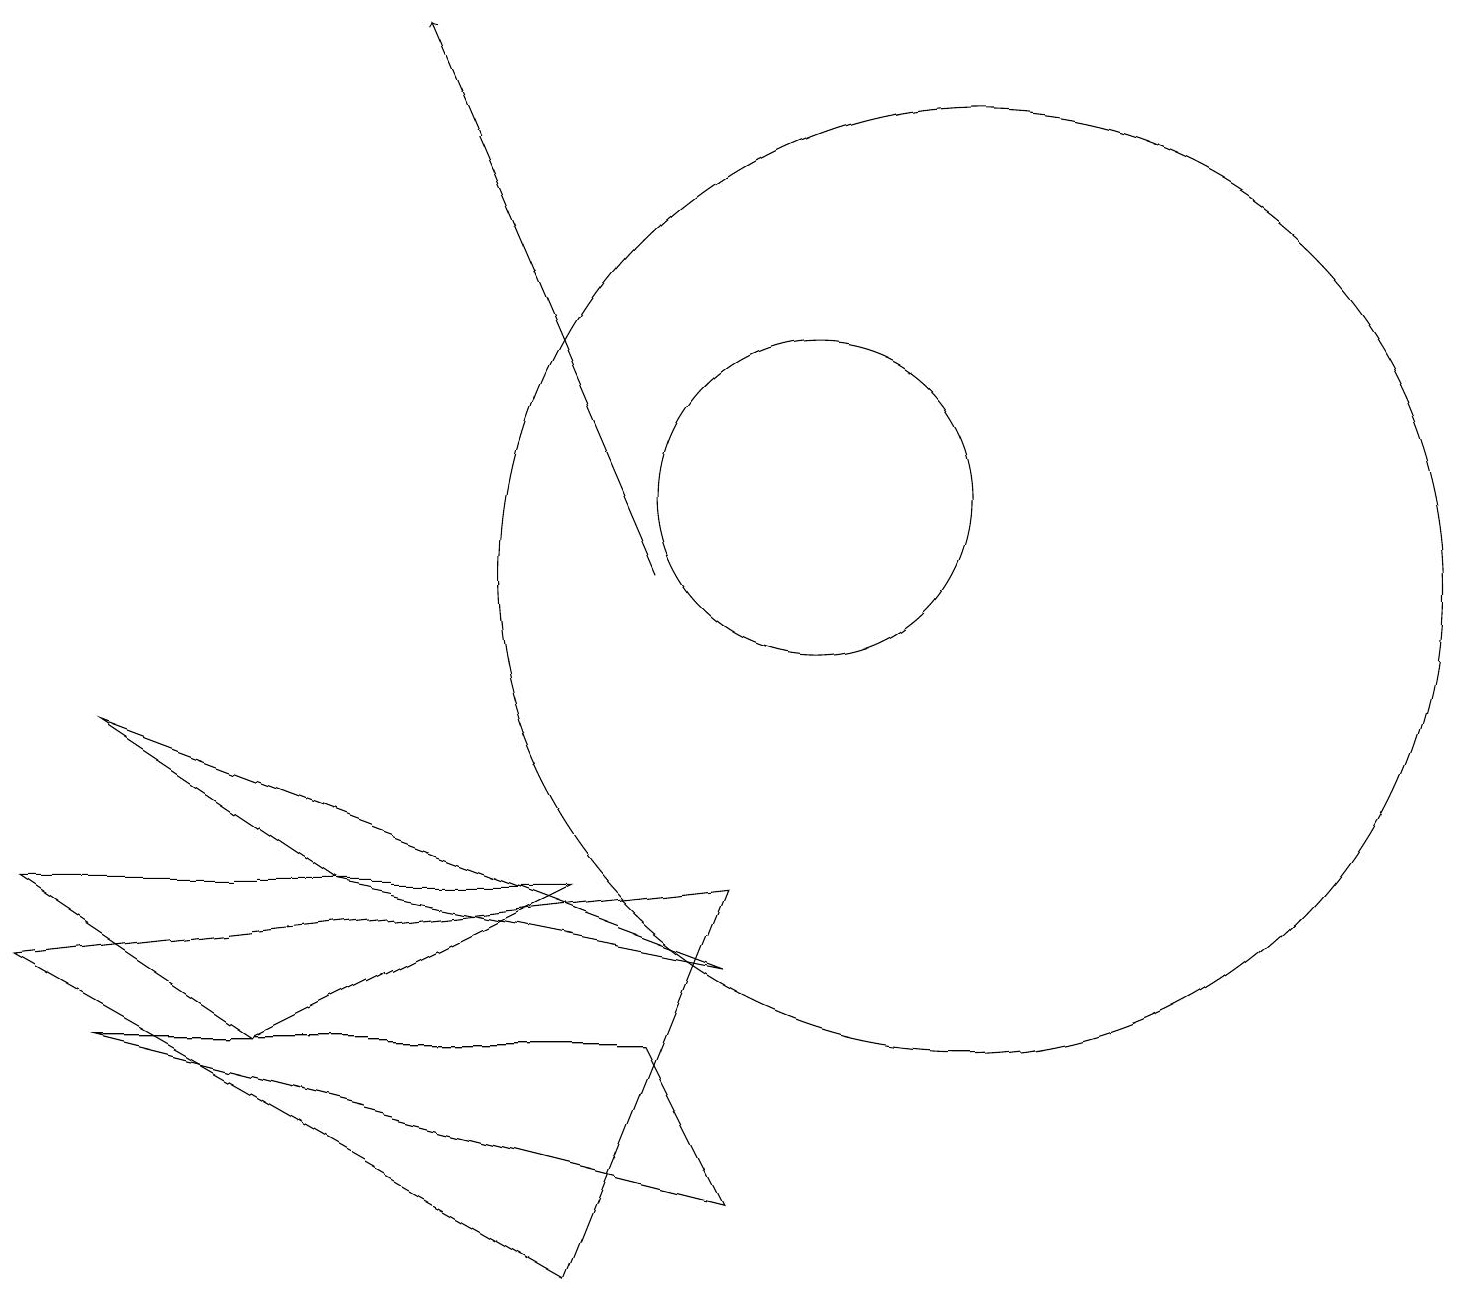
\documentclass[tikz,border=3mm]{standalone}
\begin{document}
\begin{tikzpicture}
\draw[->] (8,10) -- (5,17);
\draw (3,4) -- (0,6) -- (7,6) -- cycle;
\draw (0,17) rectangle (0,17);
\draw (1,8) -- (9,5) -- (4,6) -- cycle;
\draw (9,2) -- (8,4) -- (1,4) -- cycle;
\draw (0,5) -- (7,1) -- (9,6) -- cycle;
\draw (10,11) circle (2);
\draw (12,10) circle (6);
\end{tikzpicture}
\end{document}